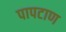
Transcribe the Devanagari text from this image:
पापटाण